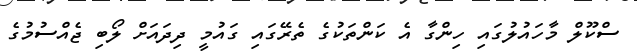
ސްކޫލް މާހައުލުގައި ހިންގާ އެ ކަންތަކުގެ ތެރޭގައި ގައުމީ ދިދައަށް ލޯބި ޖެއްސުމުގެ